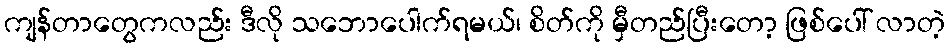
ကျန်တာတွေကလည်း ဒီလို သဘောပေါက်ရမယ်၊ စိတ်ကို မှီတည်ပြီးတော့ ဖြစ်ပေါ် လာတဲ့